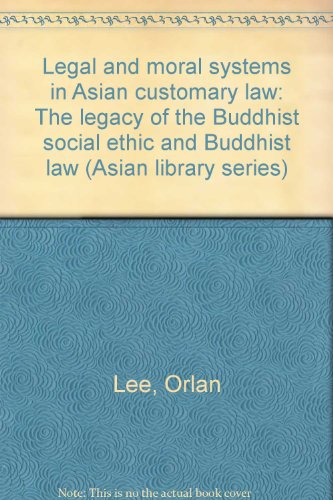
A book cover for Legal and moral systems in Asian customary law: The legacy of the Buddhist social ethic and Buddhist law (Asian library series); Orlan Lee; Law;